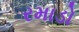
રમાડો